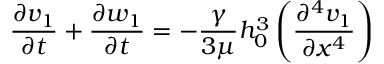
\frac { \partial v _ { 1 } } { \partial t } + \frac { \partial w _ { 1 } } { \partial t } = - \frac { \gamma } { 3 \mu } h _ { 0 } ^ { 3 } \left( \frac { \partial ^ { 4 } v _ { 1 } } { \partial x ^ { 4 } } \right)